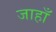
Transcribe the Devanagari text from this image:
जाहाँ